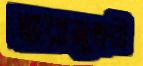
ভরামুহুরী